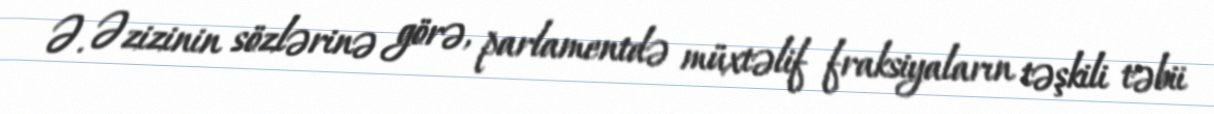
Ə. Əzizinin sözlərinə görə, parlamentdə müxtəlif fraksiyaların təşkili təbii